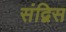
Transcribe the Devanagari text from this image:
संद्विस